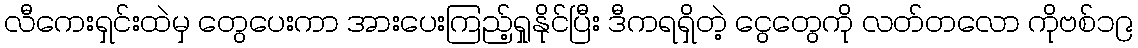
လီကေးရှင်းထဲမှ တွေပေးကာ အားပေးကြည့်ရှုနိုင်ပြီး ဒီကရရှိတဲ့ ငွေတွေကို လတ်တလော ကိုဗစ်၁၉